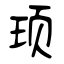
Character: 顼